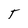
Character: T